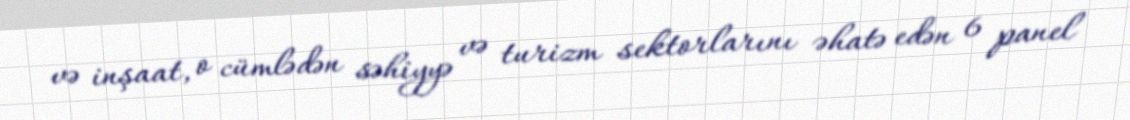
və inşaat, o cümlədən səhiyyə və turizm sektorlarını əhatə edən 6 panel